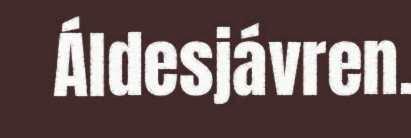
Áldesjávren.